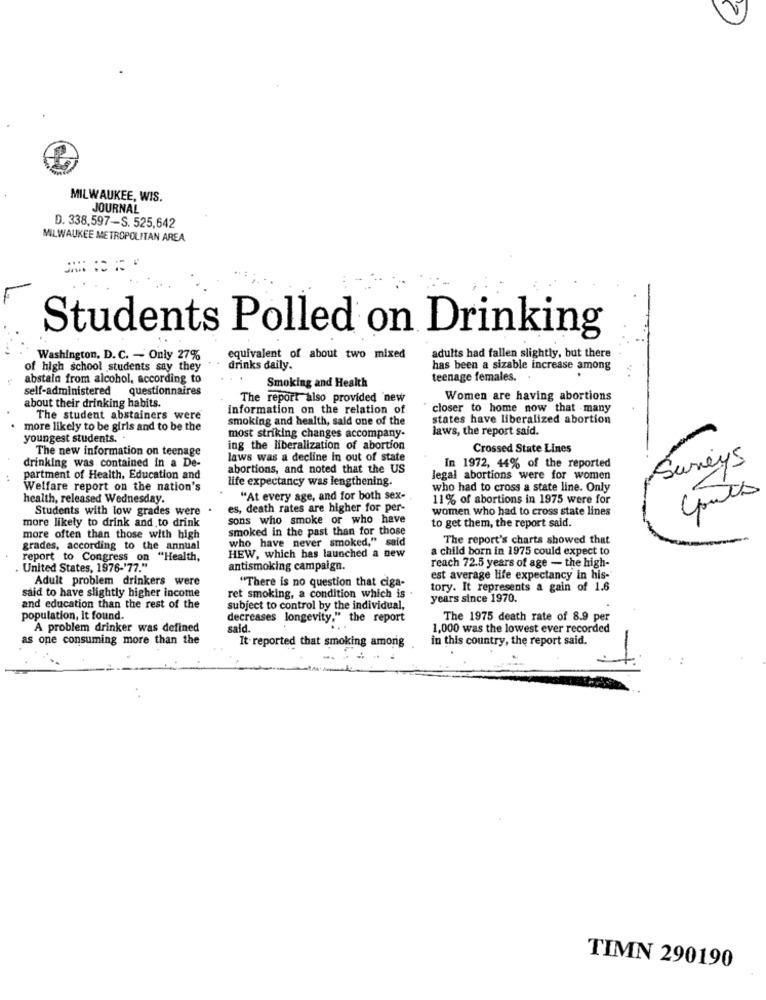
MILWAUKEE, WIS.
JOURNAL
D. 338,597-S. 525,642
MILWAUKEE METROPOLITAN AREA.
Students Polled on Drinking
adults had fallen slightly, but there
Washington, D. C. - Only 27%
equivalent of about two mixed
of high school students say they
drinks daily.
has been a sizable increase among
abstala from alcohol, according to
Smoking and Health
teenage females.
self-administered questionnaires
The report also provided new
Women are having abortions
about their drinking habits.
information on the relation of
closer to home now that many
The student abstainers were
smoking and health, sald one of the
states have liberalized abortion
more likely to be girls and to be the
laws, the report said.
youngest students.
most striking changes accompany-
The new information on teenage
ing the liberalization of abortion
Crossed State Lines
drinking was contained in a De-
laws was a decline in out of state
Surveys
abortions, and noted that the US
In 1972, 44% of the reported
partment of Health, Education and
life expectancy was lengthening.
legal abortions were for women
Welfare report on the nation's
who had to cross a state line. Only
health, released Wednesday.
"At every age, and for both sex-
11% of abortions in 1975 were for
Students with low grades were
es, death rates are higher for per-
women who had to cross state lines
sons who smoke or who have
more likely to drink and to drink
smoked in the past than for those
to get them, the report said.
more often than those with high
who have never smoked," said
The report's charts showed that
grades, according to the annual
a child born in 1975 could expect to
report to Congress on "Health,
HEW, which has launched a new
reach 72.5 years of age - the high-
United States, 1976-'77."
antismoking campaign.
Adult problem drinkers were
"There is no question that ciga-
est average life expectancy in his-
said to have slightly higher income
tory. It represents a gain of 1.6
ret smoking, a condition which is .
years since 1970.
and education than the rest of the
subject to control by the individual,
population, It found.
decreases longevity." the report
The 1975 death rate of 8.9 per
A problem drinker was defined
said.
1,000 was the lowest ever recorded
as one consuming more than the
It reported that smoking among
in this country, the report said.
TIMN 290190